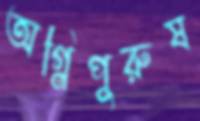
অগ্নিপুরুষ